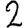
Digit: 2